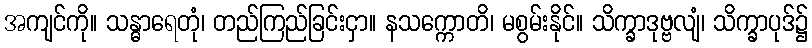
အကျင်ကို။ သန္ဓာရေတုံ၊ တည်ကြည်ခြင်းငှာ။ နသက္ကောတိ၊ မစွမ်းနိုင်။ သိက္ခာဒုဗ္ဗလျံ၊ သိက္ခာပုဒ်၌